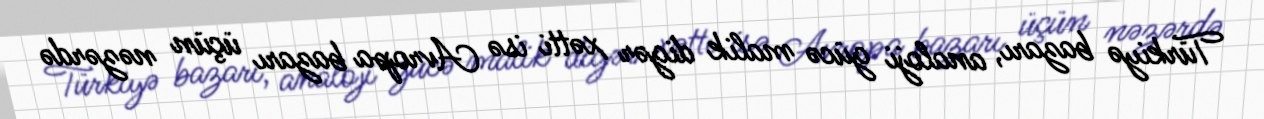
Türkiyə bazarı, analoji gücə malik digər xətti isə Avropa bazarı üçün nəzərdə